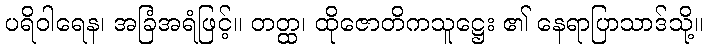
ပရိဝါရေန၊ အခြံအရံဖြင့်။ တတ္ထ၊ ထိုဇောတိကသူဋ္ဌေး ၏ နေရာပြာသာဒ်သို့။